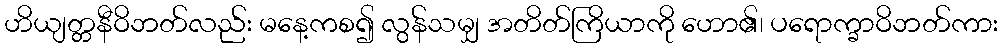
ဟိယျတ္တနီဝိဘတ်လည်း မနေ့ကစ၍ လွန်သမျှ အတိတ်ကြိယာကို ဟော၏၊ ပရောက္ခာဝိဘတ်ကား